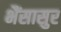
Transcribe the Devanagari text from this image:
भैंसासुर